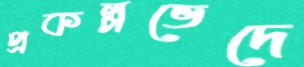
প্রকল্পভেদে